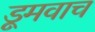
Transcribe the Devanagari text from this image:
डूमवाच